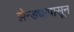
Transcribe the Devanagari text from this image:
झेन्ड्यापासून